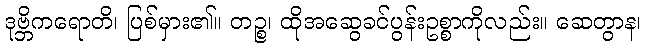
ဒုဗ္ဘိကရောတိ၊ ပြစ်မှား၏။ တဉ္စ၊ ထိုအဆွေခင်ပွန်းဥစ္စာကိုလည်း။ ဆေတွာန၊